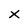
Character: x